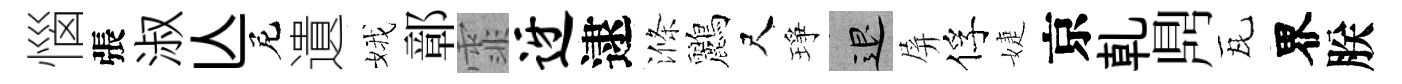
惱張淑亾尼遺娥鄣霏迓逮滌鸝尺琤退屏俘婕京乹𪔂瓦界朕